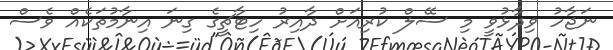
ނަޖާހު ވިދާޅުވީ މި ސޭލް ކުރިއަށް ދާއިރު ހިޓާޗީގެ ގިނަ އިނާމުތަކެއް ވެސް